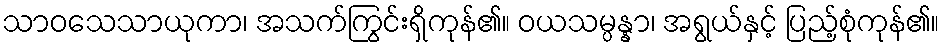
သာဝသေသာယုကာ၊ အသက်ကြွင်းရှိကုန်၏။ ဝယသမ္ပန္နာ၊ အရွယ်နှင့် ပြည့်စုံကုန်၏။